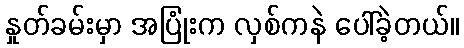
နှုတ်ခမ်းမှာ အပြုံးက လှစ်ကနဲ ပေါ်ခဲ့တယ်။